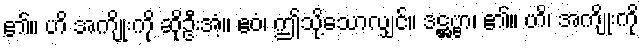
၏။ ဟိ အကျိုးကို ဆိုဦးအံ့။ ဧဝံ၊ ဤသို့သောလျှင်။ ဒဋ္ဌဗ္ဗာ၊ ၏။ ဟိ၊ အကျိုးကို